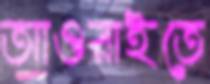
আওরাইতে